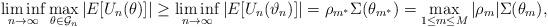
LaTeX: \begin{align*}\liminf_{n\to\infty}\max_{\theta\in\mathcal{G}_n}|E[U_n(\theta)]|\geq\liminf_{n\to\infty}|E[U_n(\vartheta_n)]|=\rho_{m^*}\Sigma(\theta_{m^*})=\max_{1\leq m\leq M}|\rho_m|\Sigma(\theta_{m}),\end{align*}